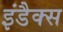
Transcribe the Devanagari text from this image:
इंडैक्स